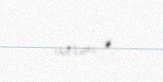
varmı?.